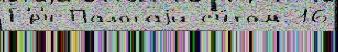
Г'́р'ч Палотаjи сч́том 16